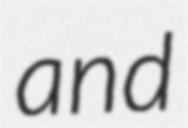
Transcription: and